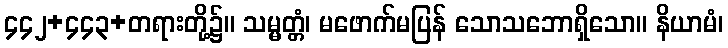
၄၄၂+၄၄၃+တရားတို့၌။ သမ္မတ္တံ၊ မဖောက်မပြန် သောသဘောရှိသော။ နိယာမံ၊